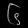
Digit: ၆